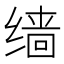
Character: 𫄱